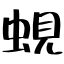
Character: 蜆